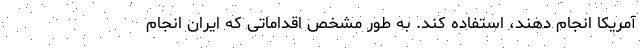
آمریکا انجام دهند، استفاده کند. به طور مشخص اقداماتی که ایران انجام